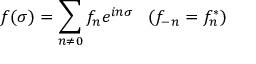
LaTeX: f ( \sigma ) = \sum _ { n \ne 0 } f _ { n } e ^ { i n \sigma } \; \; \; ( f _ { - n } = f _ { n } ^ { * } )